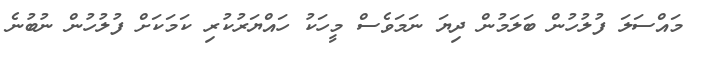
މައްސަލަ ފުލުހުން ބަލަމުން ދިޔަ ނަމަވެސް މީހަކު ހައްޔަރުކުރި ކަމަކަށް ފުލުހުން ނުބުނެ